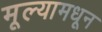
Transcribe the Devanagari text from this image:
मूल्यामधून